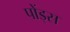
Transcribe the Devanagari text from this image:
पोंड्स